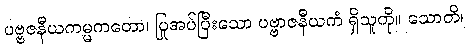
ပဗ္ဗဇနီယကမ္မကတော၊ ပြုအပ်ပြီးသော ပဗ္ဗာဇနီယကံ ရှိသူကို။ သောတိ၊